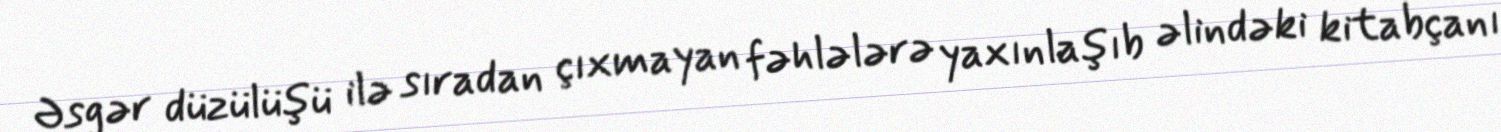
Əsgər düzülüşü ilə sıradan çıxmayan fəhlələrə yaxınlaşıb əlindəki kitabçanı